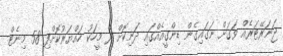
ޖަނަރޭޓަރެއް ވަގަށް ނަގައިގެން ޑިންގީއެއްގައި ދަނިކޮށް ދެ މީހަކު ހައްޔަރުކޮށްފި 58 މިނެޓް